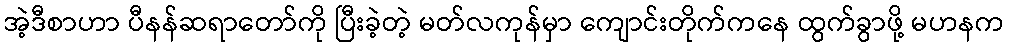
အဲ့ဒီစာဟာ ပီနန်ဆရာတော်ကို ပြီးခဲ့တဲ့ မတ်လကုန်မှာ ကျောင်းတိုက်ကနေ ထွက်ခွာဖို့ မဟနက